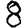
Digit: 8